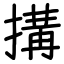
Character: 搆